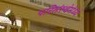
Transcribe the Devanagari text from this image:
परिसंस्थेमेध्ये